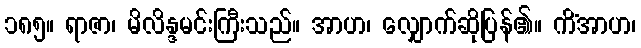
၁၈၅။ ရာဇာ၊ မိလိန္ဒမင်းကြီးသည်။ အာဟ၊ လျှောက်ဆိုပြန်၏။ ကိံအာဟ၊